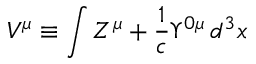
V ^ { \mu } \equiv \int Z ^ { \mu } + \frac { 1 } { c } \Upsilon ^ { 0 \mu } \, d ^ { 3 } x